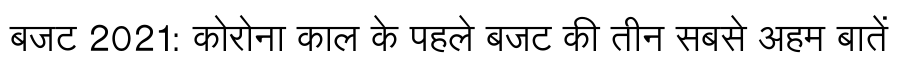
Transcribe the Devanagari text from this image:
बजट 2021: कोरोना काल के पहले बजट की तीन सबसे अहम बातें